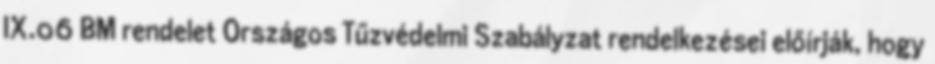
IX.06 BM rendelet Országos Tűzvédelmi Szabályzat rendelkezései előírják, hogy